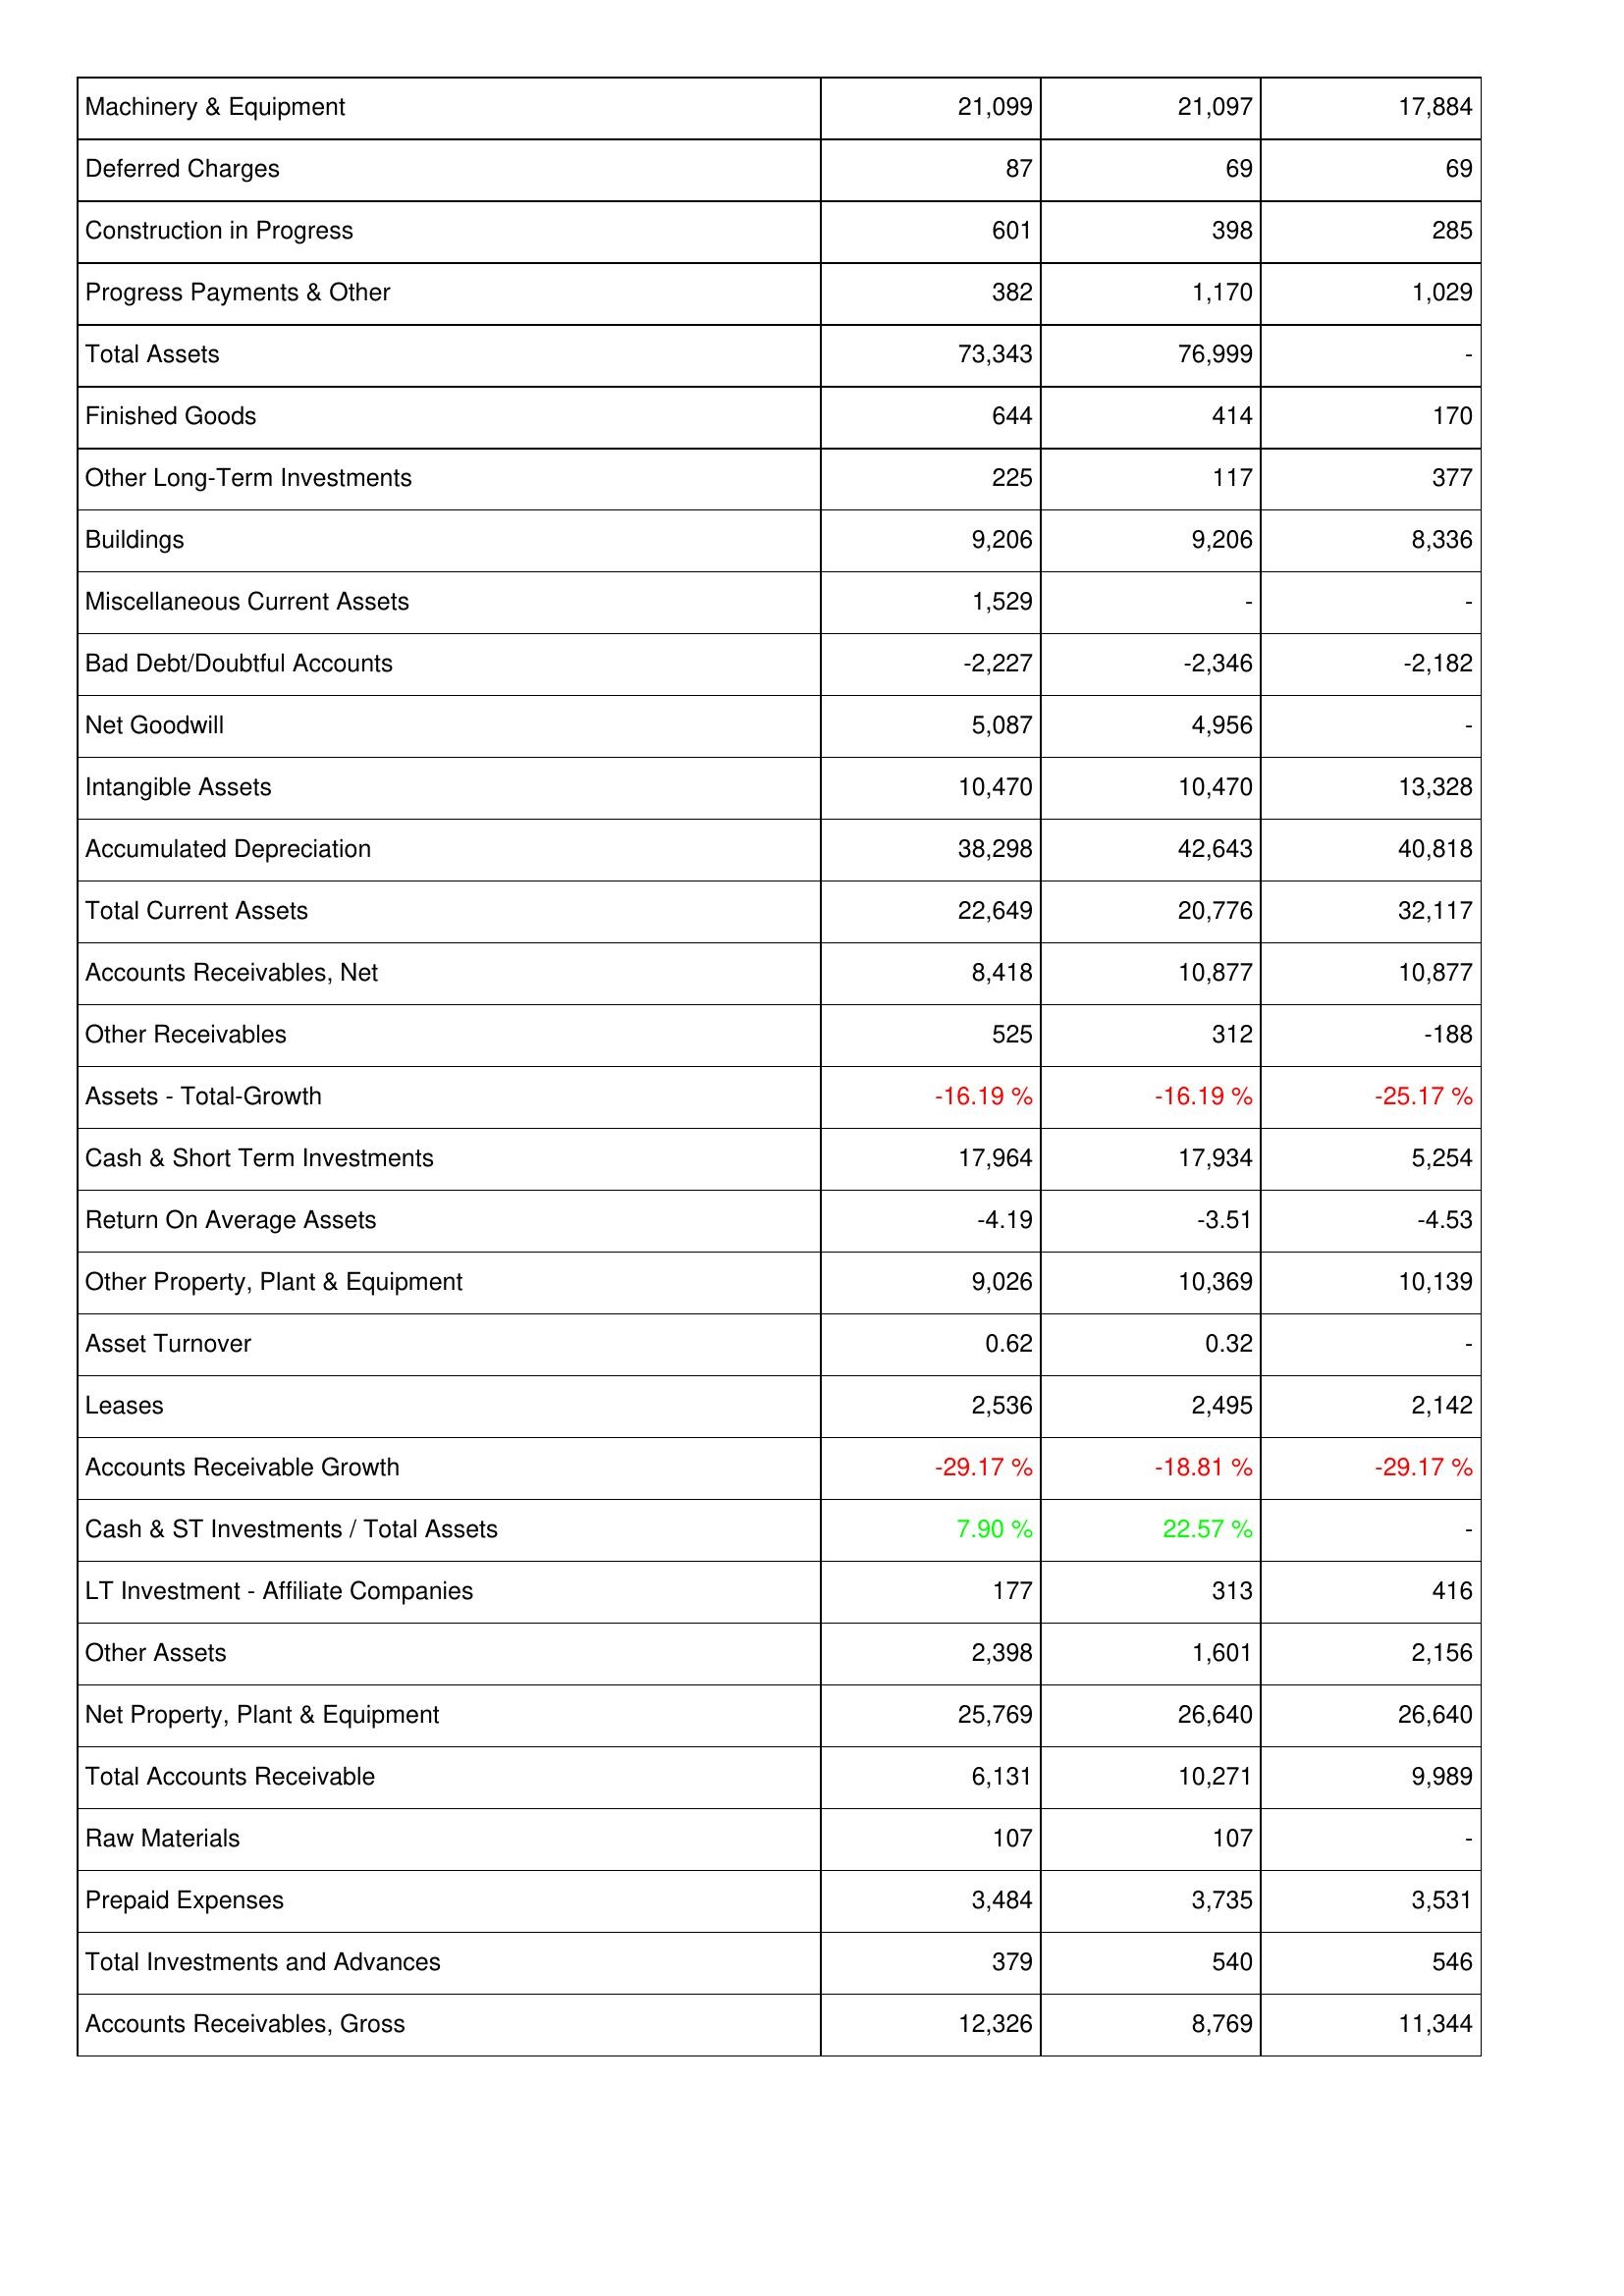
2022: Assets: Machinery & Equipment: 21,099
Deferred Charges: 87
Construction in Progress: 601
Progress Payments & Other: 382
Total Assets: 73,343
Finished Goods: 644
Other Long-Term Investments: 225
Buildings: 9,206
Miscellaneous Current Assets: 1,529
Bad Debt/Doubtful Accounts: -2,227
Net Goodwill: 5,087
Intangible Assets: 10,470
Accumulated Depreciation: 38,298
Total Current Assets: 22,649
Accounts Receivables, Net: 8,418
Other Receivables: 525
Assets - Total-Growth: -16.19 %
Cash & Short Term Investments: 17,964
Return On Average Assets: -4.19
Other Property, Plant & Equipment: 9,026
Asset Turnover: 0.62
Leases: 2,536
Accounts Receivable Growth: -29.17 %
Cash & ST Investments / Total Assets: 7.90 %
LT Investment - Affiliate Companies: 177
Other Assets: 2,398
Net Property, Plant & Equipment: 25,769
Total Accounts Receivable: 6,131
Raw Materials: 107
Prepaid Expenses: 3,484
Total Investments and Advances: 379
Accounts Receivables, Gross: 12,326
2021: Assets: Machinery & Equipment: 21,097
Deferred Charges: 69
Construction in Progress: 398
Progress Payments & Other: 1,170
Total Assets: 76,999
Finished Goods: 414
Other Long-Term Investments: 117
Buildings: 9,206
Miscellaneous Current Assets: -
Bad Debt/Doubtful Accounts: -2,346
Net Goodwill: 4,956
Intangible Assets: 10,470
Accumulated Depreciation: 42,643
Total Current Assets: 20,776
Accounts Receivables, Net: 10,877
Other Receivables: 312
Assets - Total-Growth: -16.19 %
Cash & Short Term Investments: 17,934
Return On Average Assets: -3.51
Other Property, Plant & Equipment: 10,369
Asset Turnover: 0.32
Leases: 2,495
Accounts Receivable Growth: -18.81 %
Cash & ST Investments / Total Assets: 22.57 %
LT Investment - Affiliate Companies: 313
Other Assets: 1,601
Net Property, Plant & Equipment: 26,640
Total Accounts Receivable: 10,271
Raw Materials: 107
Prepaid Expenses: 3,735
Total Investments and Advances: 540
Accounts Receivables, Gross: 8,769
2020: Assets: Machinery & Equipment: 17,884
Deferred Charges: 69
Construction in Progress: 285
Progress Payments & Other: 1,029
Total Assets: -
Finished Goods: 170
Other Long-Term Investments: 377
Buildings: 8,336
Miscellaneous Current Assets: -
Bad Debt/Doubtful Accounts: -2,182
Net Goodwill: -
Intangible Assets: 13,328
Accumulated Depreciation: 40,818
Total Current Assets: 32,117
Accounts Receivables, Net: 10,877
Other Receivables: -188
Assets - Total-Growth: -25.17 %
Cash & Short Term Investments: 5,254
Return On Average Assets: -4.53
Other Property, Plant & Equipment: 10,139
Asset Turnover: -
Leases: 2,142
Accounts Receivable Growth: -29.17 %
Cash & ST Investments / Total Assets: -
LT Investment - Affiliate Companies: 416
Other Assets: 2,156
Net Property, Plant & Equipment: 26,640
Total Accounts Receivable: 9,989
Raw Materials: -
Prepaid Expenses: 3,531
Total Investments and Advances: 546
Accounts Receivables, Gross: 11,344